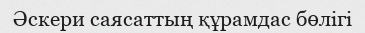
Әскери саясаттың құрамдас бөлігі